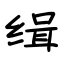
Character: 缉